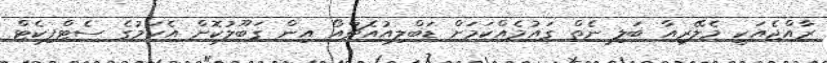
ރާއްޖެއަކީ މެލޭރިއާ ބަލި ނެތް ގައުމެއްކަމަށް ޑަބްލިއުއެޗްއޯ އިން ގަބޫލުކޮށް އެކަމުގެ ސެޓްފިކެޓް